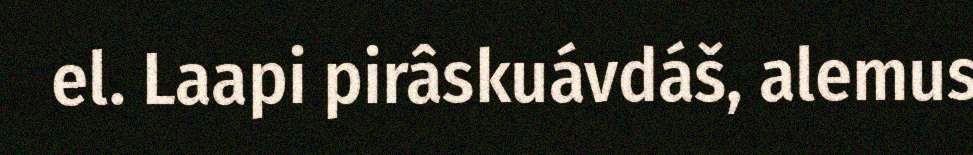
el. Laapi pirâskuávdáš, alemus